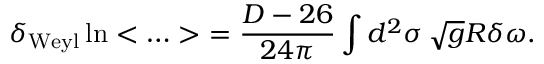
\delta _ { \mathrm { W e y l } } \ln < \ldots > \ = \frac { D - 2 6 } { 2 4 \pi } \int d ^ { 2 } \sigma \, \sqrt { g } R \delta \omega .